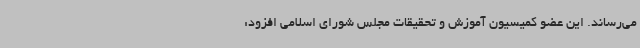
می‌رساند. این عضو کمیسیون آموزش و تحقیقات مجلس شورای اسلامی افزود: